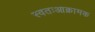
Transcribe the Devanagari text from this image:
स्वतःआक्रामक